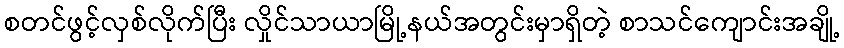
စတင်ဖွင့်လှစ်လိုက်ပြီး လှိုင်သာယာမြို့နယ်အတွင်းမှာရှိတဲ့ စာသင်ကျောင်းအချို့